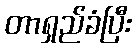
တာရှည်ခံပြီး